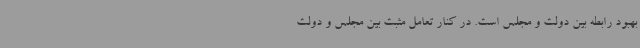
بهبود رابطه بین دولت و مجلس است. در کنار تعامل مثبت بین مجلس و دولت